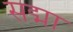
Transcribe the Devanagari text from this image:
सद्मा